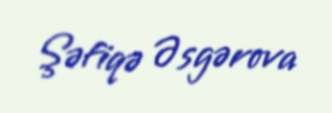
Şəfiqə Əsgərova